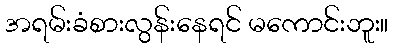
အရမ်းခံစားလွန်းနေရင် မကောင်းဘူး။